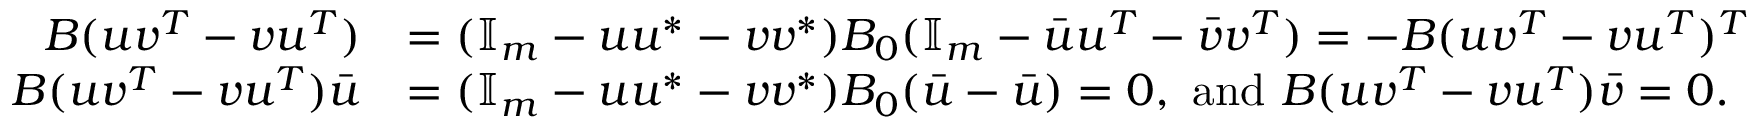
\begin{array} { r l } { B ( u v ^ { T } - v u ^ { T } ) } & { = ( \mathbb { I } _ { m } - u u ^ { \ast } - v v ^ { \ast } ) B _ { 0 } ( \mathbb { I } _ { m } - \Bar u u ^ { T } - \Bar v v ^ { T } ) = - B ( u v ^ { T } - v u ^ { T } ) ^ { T } } \\ { B ( u v ^ { T } - v u ^ { T } ) \Bar u } & { = ( \mathbb { I } _ { m } - u u ^ { \ast } - v v ^ { \ast } ) B _ { 0 } ( \Bar u - \Bar u ) = 0 , \mathrm { ~ a n d ~ } B ( u v ^ { T } - v u ^ { T } ) \Bar v = 0 . } \end{array}